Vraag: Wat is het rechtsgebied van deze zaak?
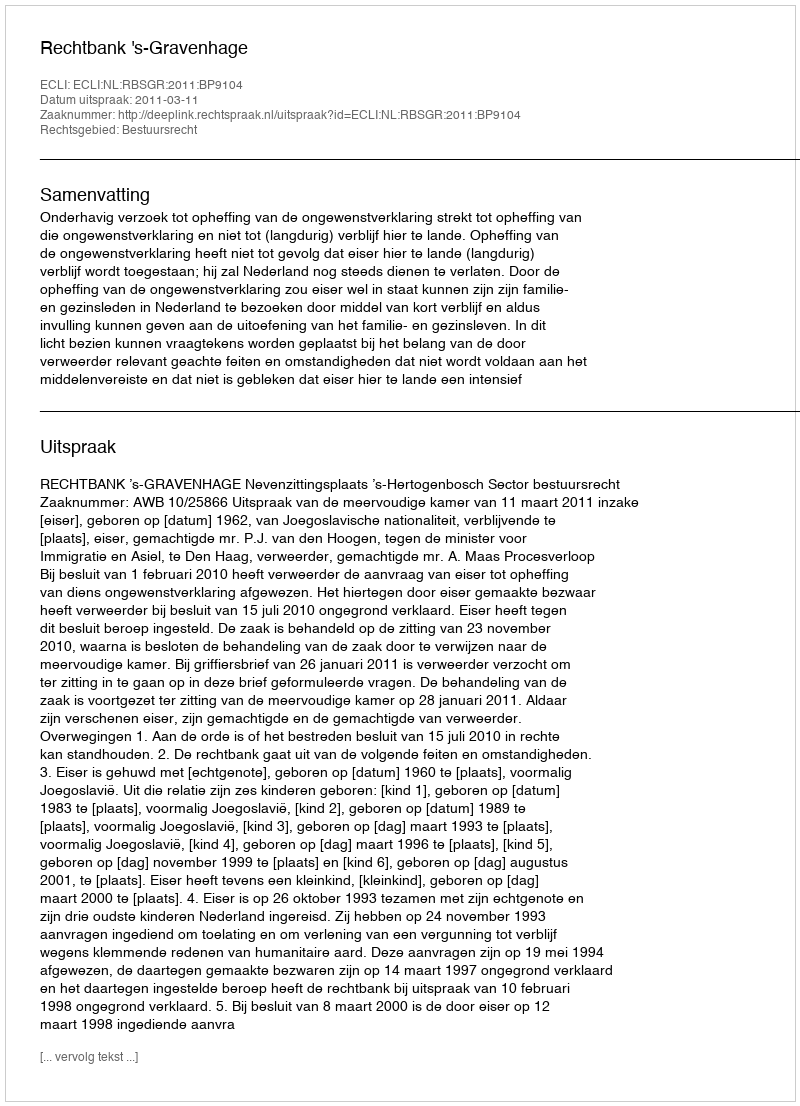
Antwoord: Bestuursrecht